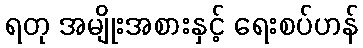
ရတု အမျိုးအစားနှင့် ရေးစပ်ဟန်